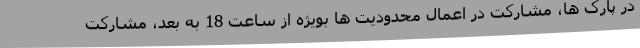
در پارک ها، مشارکت در اعمال محدودیت ها بویژه از ساعت 18 به بعد، مشارکت